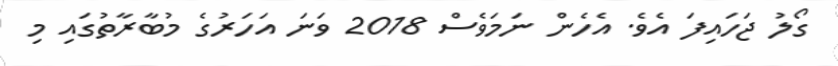
ގޯލު ޖަހައިފަ އެވެ. އެހެން ނަމަވެސް 2018 ވަނަ އަހަރުގެ މުބާރާތުގައި މި